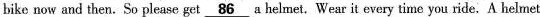
bike now and then.So please get \underline{86}a helmet. Wear it every time you ride. A helmet